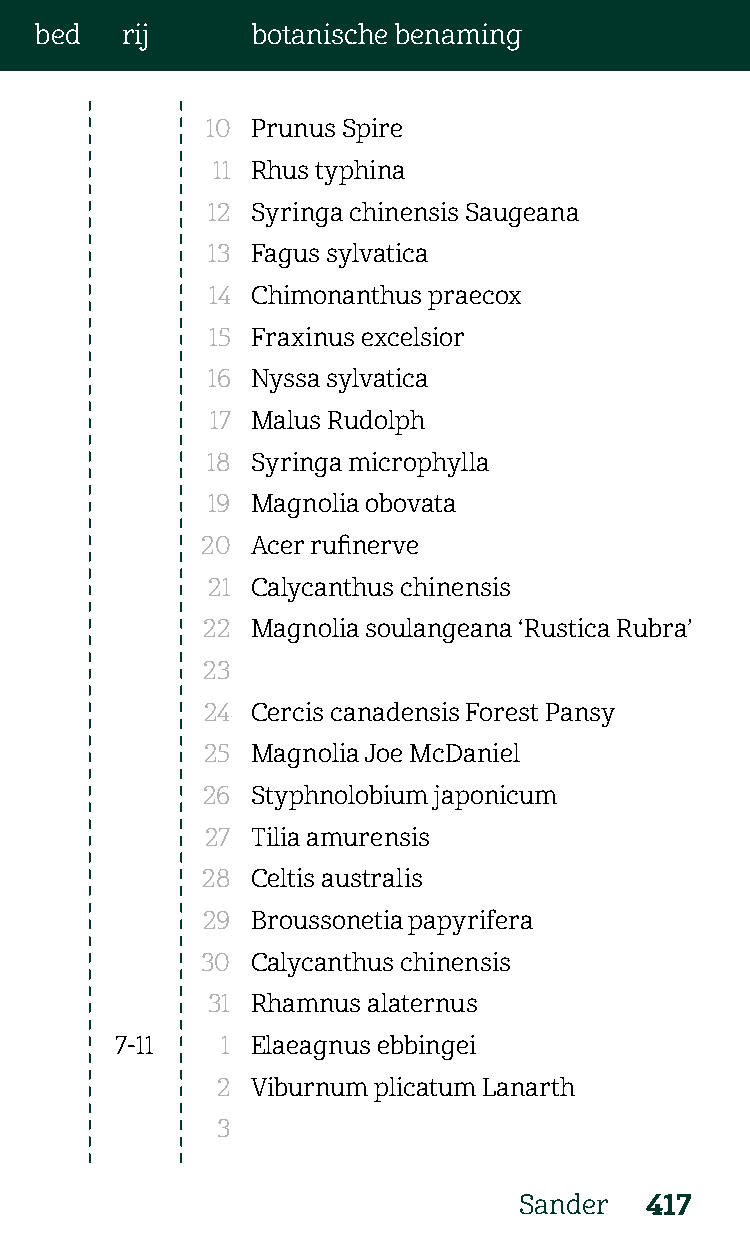
bed   rij      botanische benaming
 10 Prunus Spire
 11 Rhus typhina
 12 Syringa chinensis Saugeana
 13 Fagus sylvatica
 14 Chimonanthus praecox
 15 Fraxinus excelsior
 16 Nyssa sylvatica
 17 Malus Rudolph
 18 Syringa microphylla
 19 Magnolia obovata
 20  Acer rufinerve
 21 Calycanthus chinensis
 22  Magnolia soulangeana ‘Rustica Rubra’
 23
 24 Cercis canadensis Forest Pansy
 25 Magnolia Joe McDaniel
 26  Styphnolobium japonicum
 27 Tilia amurensis
 28  Celtis australis
 29  Broussonetia papyrifera
 30  Calycanthus chinensis
 31 Rhamnus alaternus
 7-11   1 Elaeagnus ebbingei
 2  Viburnum plicatum Lanarth
 3
 Sander   417